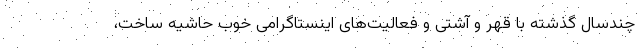
چندسال گذشته با قهر و آشتی و فعالیت‌های اینستاگرامی خوب حاشیه ساخت،